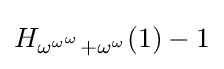
H_{\omega ^{\omega ^{\omega }}+\omega ^{\omega }}(1)-1